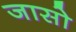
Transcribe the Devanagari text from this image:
जासो